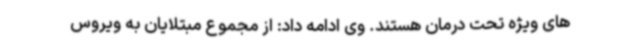
های ویژه تحت درمان هستند. وی ادامه داد: از مجموع مبتلایان به ویروس